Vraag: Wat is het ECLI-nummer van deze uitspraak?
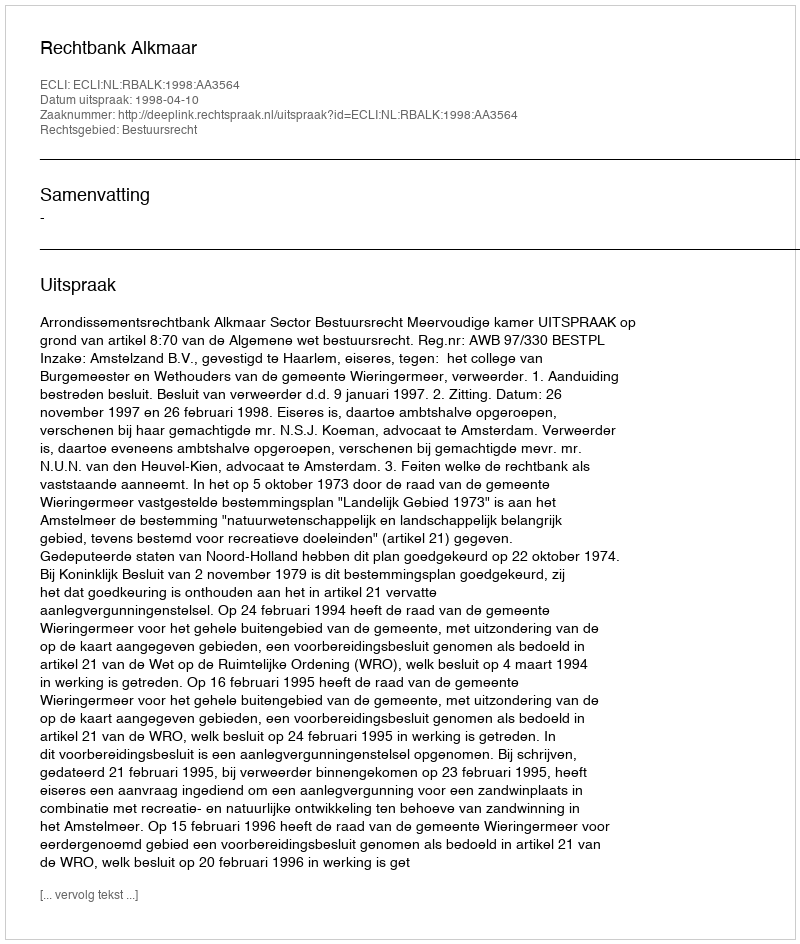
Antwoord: ECLI:NL:RBALK:1998:AA3564